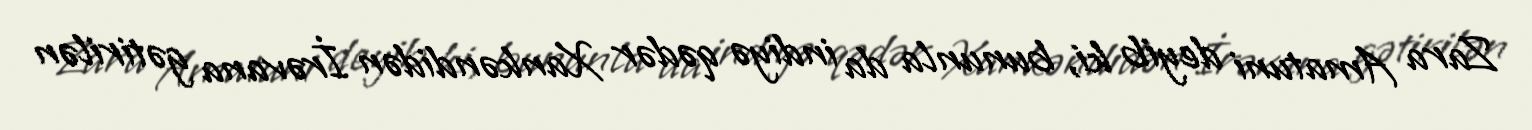
Zara Amatuni deyib ki, bununla da indiyə qədər Xankəndidən İrəvana gətirilən